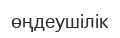
өңдеушілік